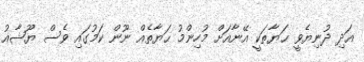
އަދި ދުނިޔެވީ ޙަޔާތަކީ އޭނާއަށް މުހިންމު ޙަޔާތެއް ނޫން ކަމުގައި ވެސް ޔޫޝާއު